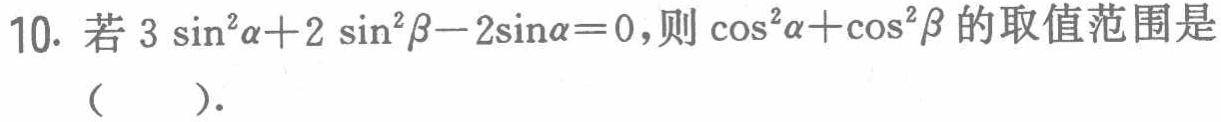
10. 若\(3\sin^{2}\alpha + 2\sin^{2}\beta - 2\sin\alpha = 0\)，则\(\cos^{2}\alpha+\cos^{2}\beta\)的取值范围是（  ）.